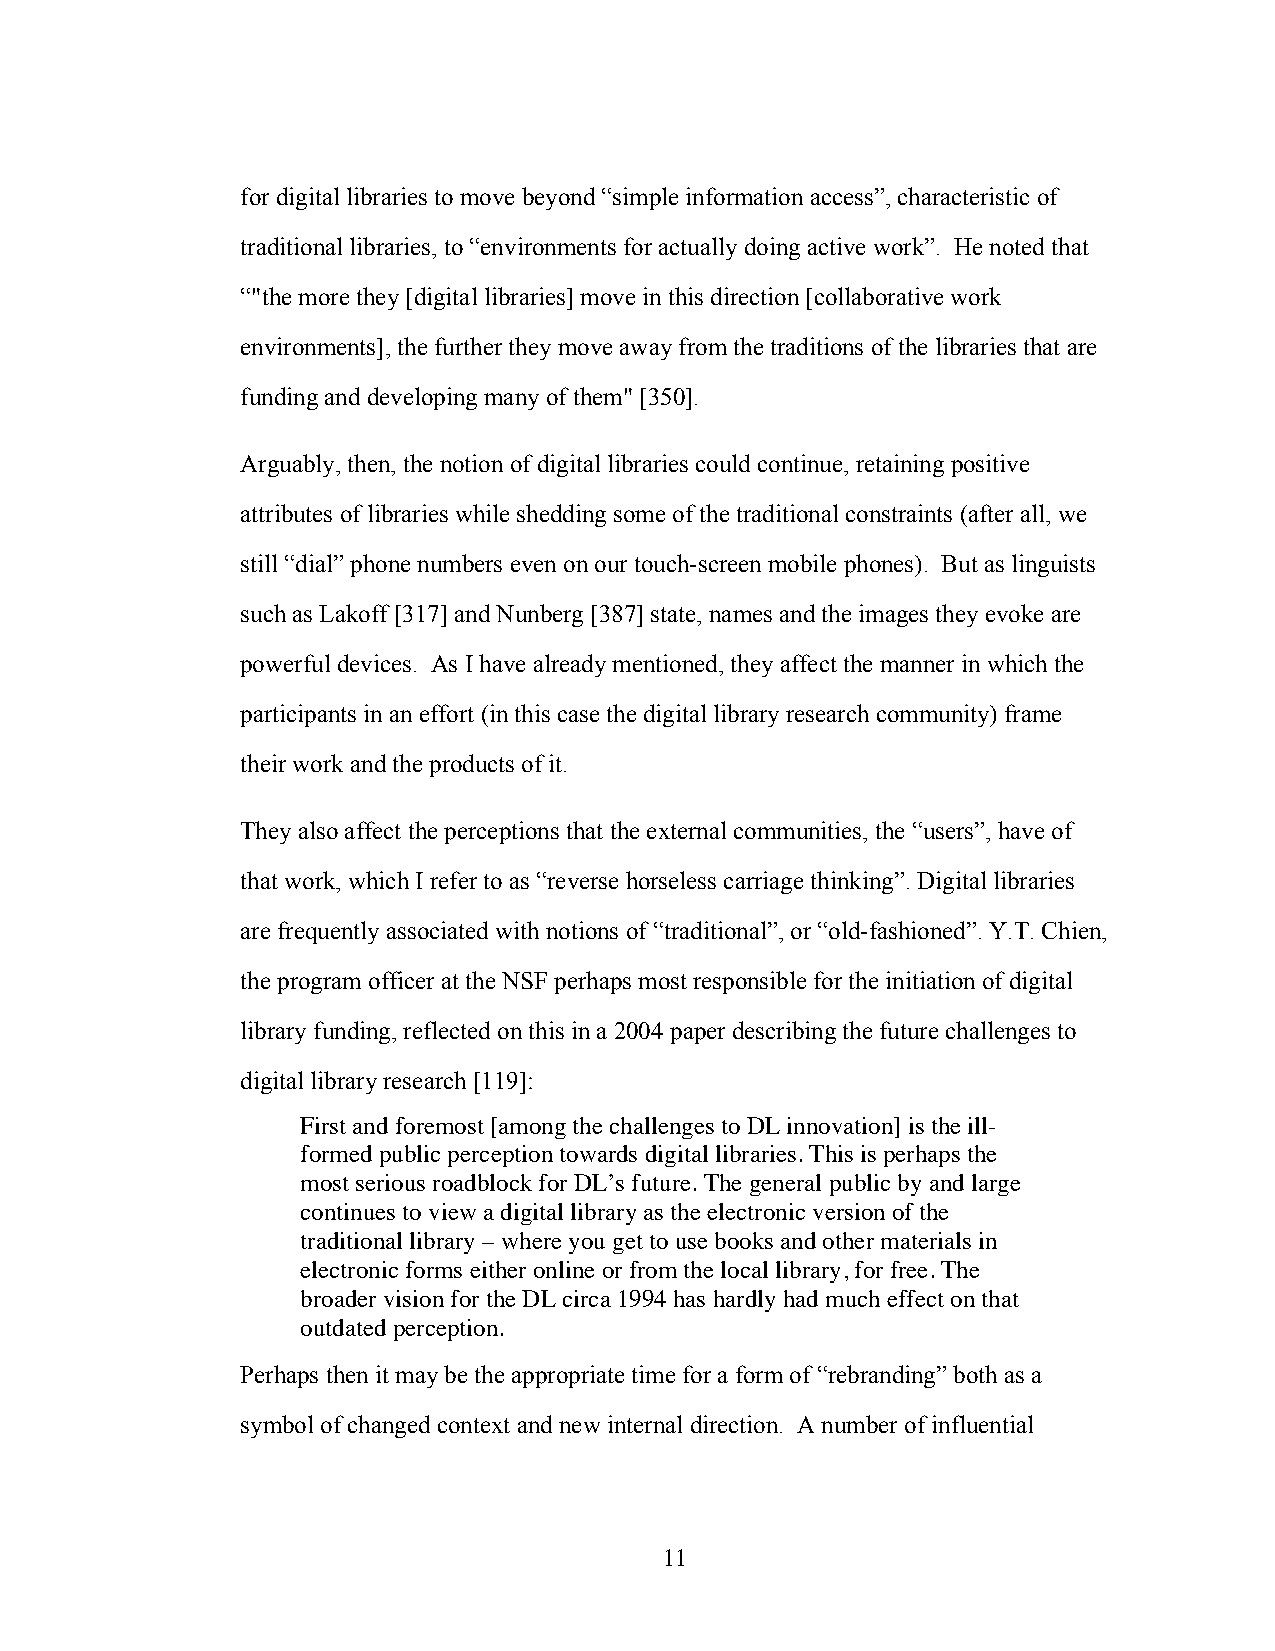
for digital libraries to move beyond “simple information access”, characteristic of
 traditional libraries, to “environments for actually doing active work”. He noted that
 “"the more they [digital libraries] move in this direction [collaborative work
 environments], the further they move away from the traditions of the libraries that are
 funding and developing many of them" [350].
 Arguably, then, the notion of digital libraries could continue, retaining positive
 attributes of libraries while shedding some of the traditional constraints (after all, we
 still “dial” phone numbers even on our touch-screen mobile phones). But as linguists
 such as Lakoff [317] and Nunberg [387] state, names and the images they evoke are
 powerful devices. As I have already mentioned, they affect the manner in which the
 participants in an effort (in this case the digital library research community) frame
 their work and the products of it.
 They also affect the perceptions that the external communities, the “users”, have of
 that work, which I refer to as “reverse horseless carriage thinking”. Digital libraries
 are frequently associated with notions of “traditional”, or “old-fashioned”. Y.T. Chien,
 the program officer at the NSF perhaps most responsible for the initiation of digital
 library funding, reflected on this in a 2004 paper describing the future challenges to
 digital library research [119]:
 First and foremost [among the challenges to DL innovation] is the ill-
 formed public perception towards digital libraries. This is perhaps the
 most serious roadblock for DL’s future. The general public by and large
 continues to view a digital library as the electronic version of the
 traditional library – where you get to use books and other materials in
 electronic forms either online or from the local library, for free. The
 broader vision for the DL circa 1994 has hardly had much effect on that
 outdated perception.
 Perhaps then it may be the appropriate time for a form of “rebranding” both as a
 symbol of changed context and new internal direction. A number of influential
 11